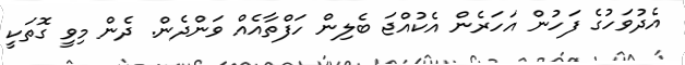
އެދުވަހުގެ ފަހުން އަހަރެން އެކުއްޖަ ބެލިން ހަފްތާއެއް ވަންދެން. ދެން މިވީ ގޮތަކީ